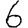
Digit: 6